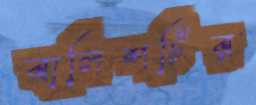
বালিশটির